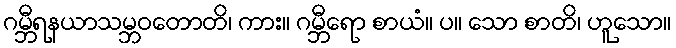
ဂမ္ဘီရနယာသမ္ဘဝတောတိ၊ ကား။ ဂမ္ဘီရော စာယံ။ ပ။ သော စာတိ၊ ဟူသော။